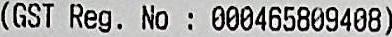
(GST REG.NO: 000465809408)